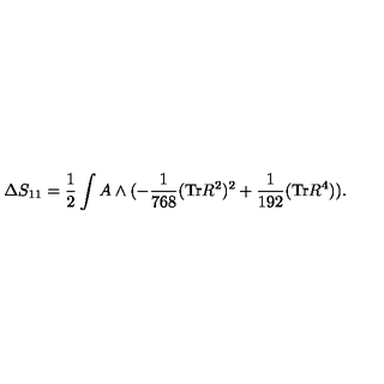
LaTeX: \Delta S _ { 1 1 } = \frac { 1 } { 2 } \int A \wedge ( - \frac { 1 } { 7 6 8 } ( \mathrm { T r } R ^ { 2 } ) ^ { 2 } + \frac { 1 } { 1 9 2 } ( \mathrm { T r } R ^ { 4 } ) ) .